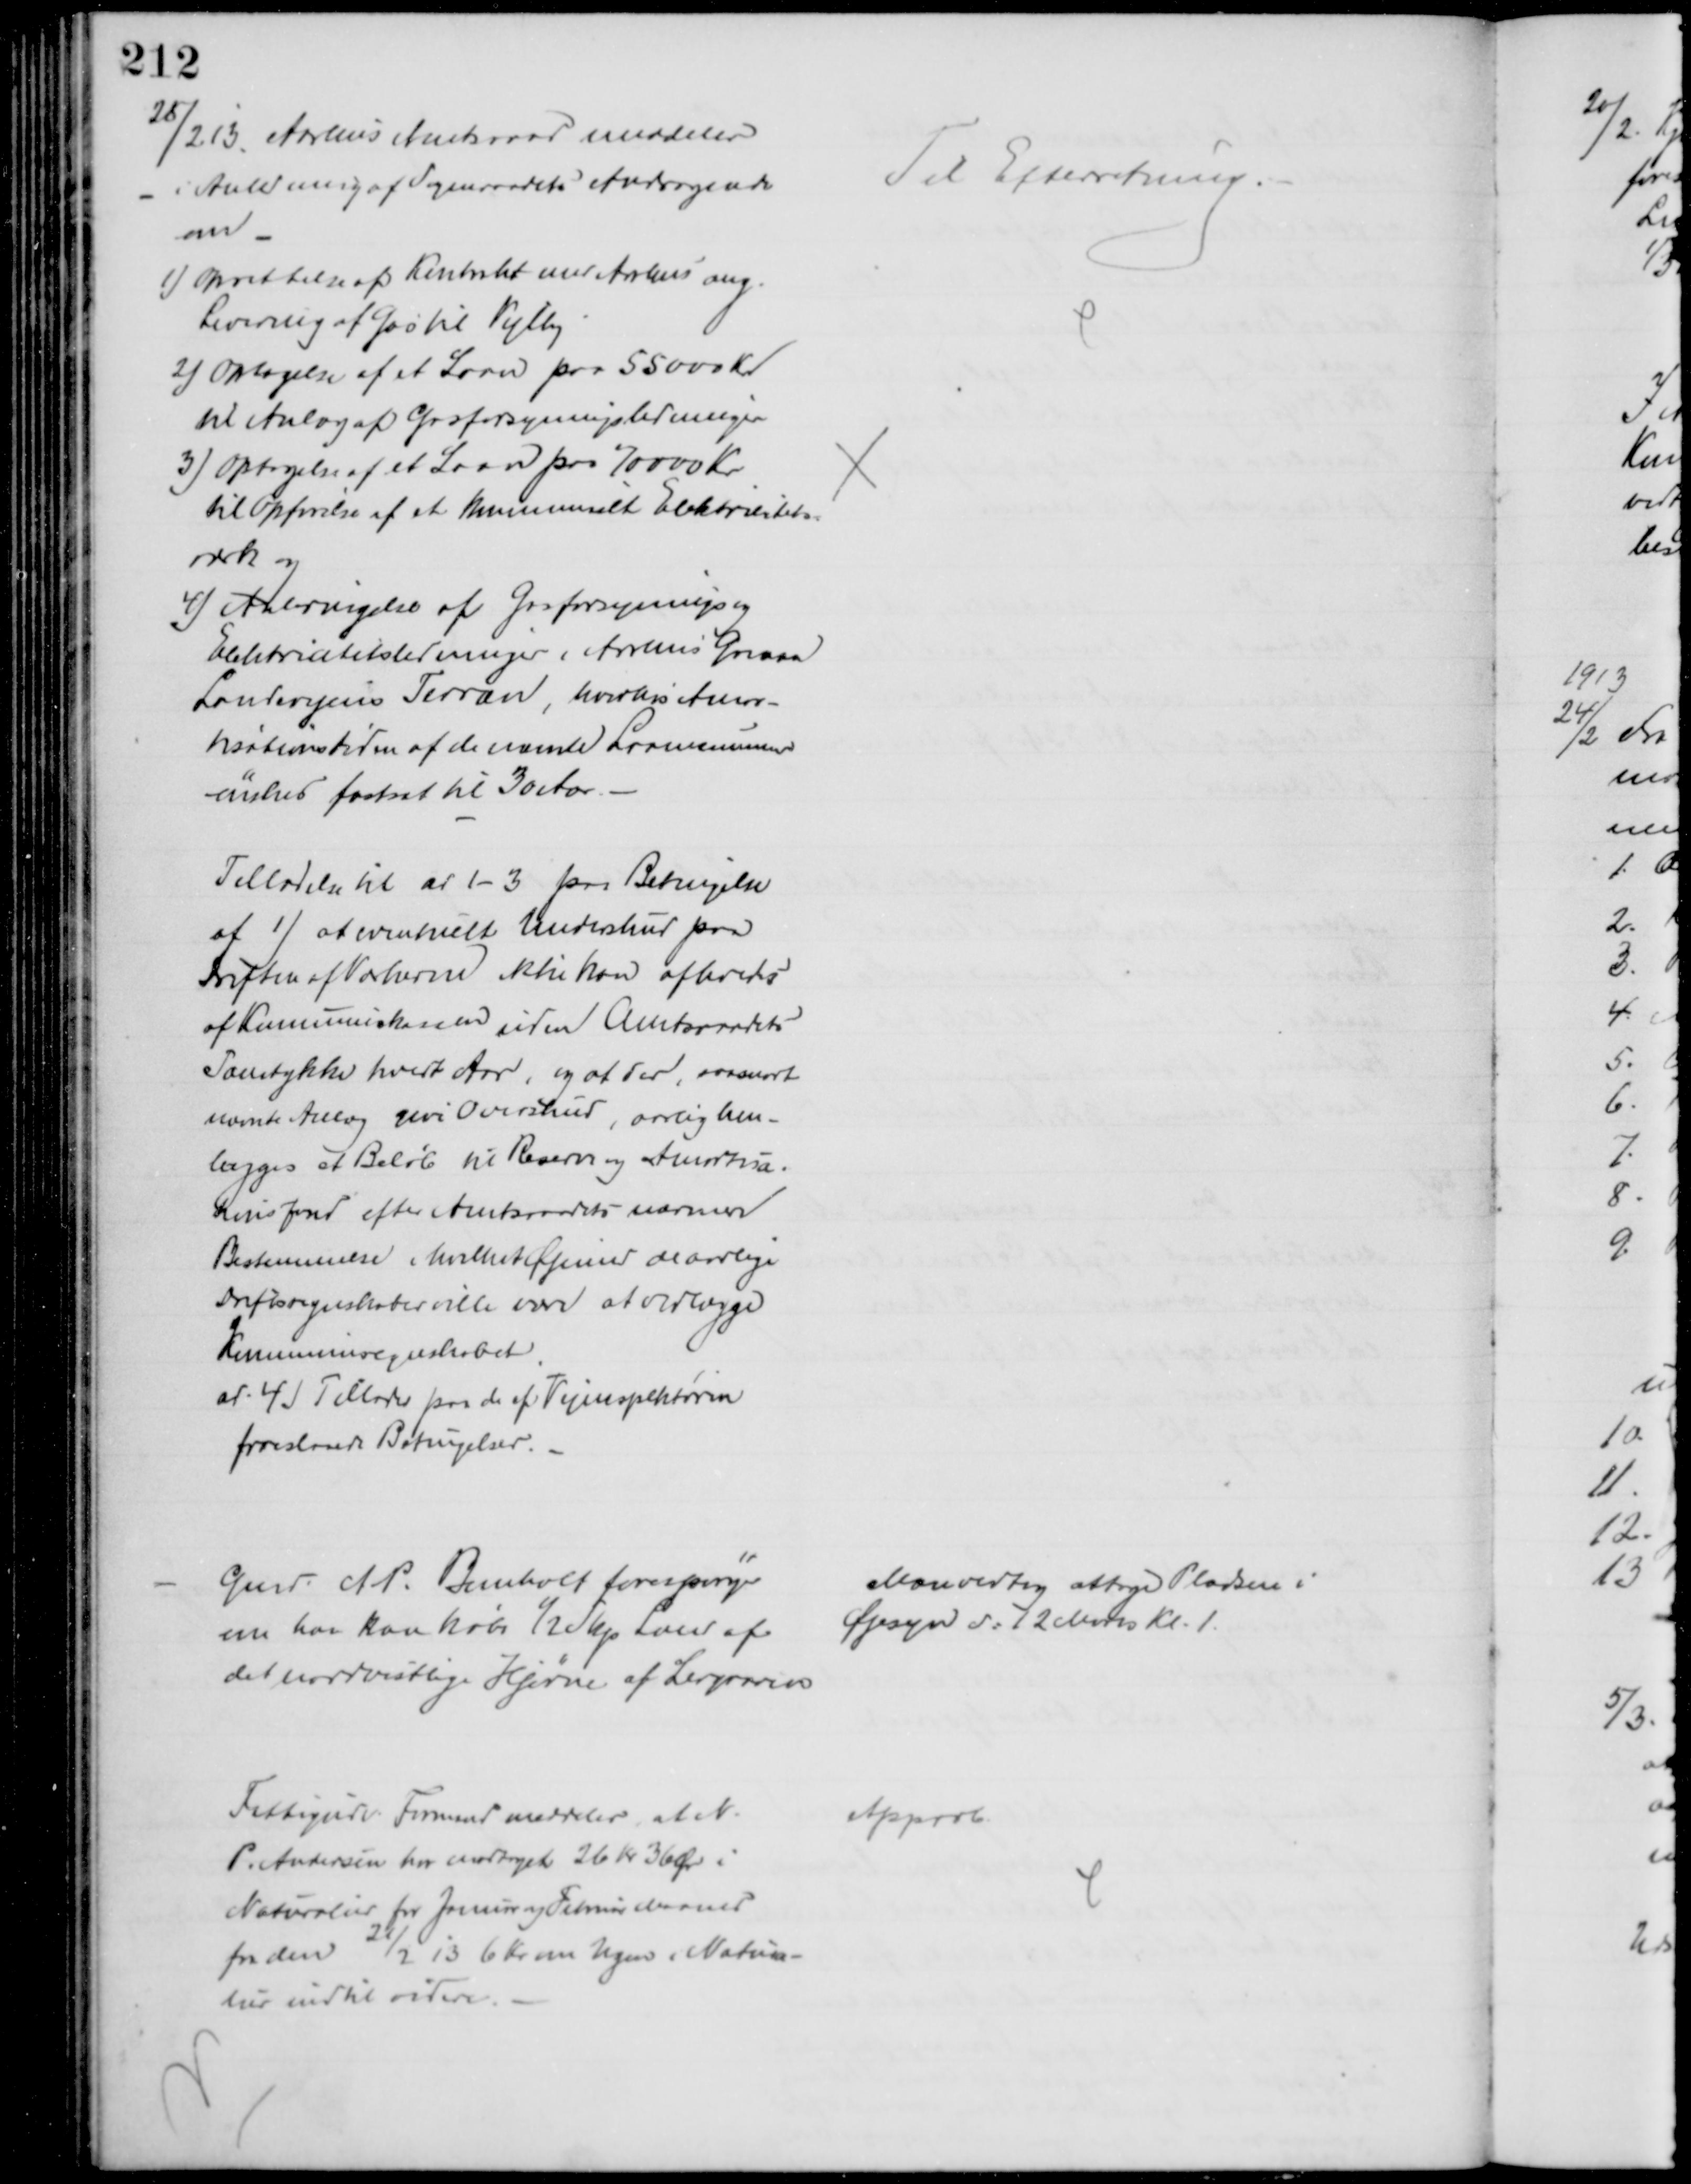
Transskription:
20 1/2 13 Aarhus Amtsraad meddeler
i Anledning af Sogneraadets Andragende
om
1) Oprettelse af Kontrakt med Aarhus ang.
Levering af Gas til Vejlby
2) Optagelse af et Laan paa 55000 Kr
til Anlæg af Gasforsyningsledninger
3) optagelse af et Laan paa 70000 Kr
til Opførelse af at kommunalt Elektricitets-
værk og
4) Anbringelse af Gasforsynings og
Elektricititsledninger i Aarhus Grenaa
Landevejens Terræn, hvorhos Amor-
tisationstiden af de nævnte Laanesummer
ønskes fastsat til 30 Aar.
Tilladelse til ad 1-3 paa Betingelse
af 1) et eventuelt Underskud paa
Driften af Værkerne ikke kan afholdes
af Kommuneskassen uden Amtsraadets
Samtykke hvert Aar, og at der, saasnart
nævnte Anlæg give Overskud, aarlig hen-
lægges et Beløb til Reserve og Amortisa-
tionsfond efter Amtsraadets nærmere
Bestemmelse i hvilket Øjemed de aarlige
Driftsregnskaber ville være at vedlægge
Kommuneregnskabet.
ad. 4) Tillades paa de af Vejinspektøren
foreslaaede Betingelser.
Til Efterretning.
Gmd. A. P. Bomholt forespørger
om han kan købe ½ Skp Land af
det nordvestlige Hjørne af Lergraven
Man vedtog at tage Pladsen i
Øjesyn d: 12 Mars Kl. 1.
Fattigudv. Formand meddeler, at N.
P. Andersen har modtaget 26 Kr 36 Ør i
Naturalier for Januar og Februar Maaned
fra den 21/2 13 6 Kr om Ugen i Natura-
lier indtil videre.
Approb.